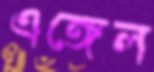
এঙ্গেল